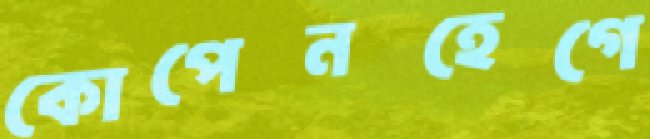
কোপেনহেগে